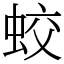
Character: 蛟